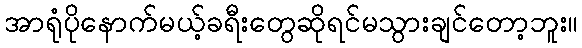
အာရုံပိုနောက်မယ့်ခရီးတွေဆိုရင်မသွားချင်တော့ဘူး။